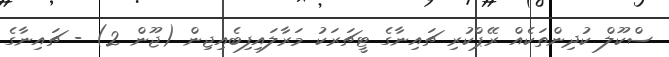
ސްކޫލް ކުދިންތަކެއް ރޭޕްކުރި ޗައިނާގެ ޓީޗަރަކު މަރާލައިފިބެއިޖިން (ޖޫން 2) - ޗައިނާގެ